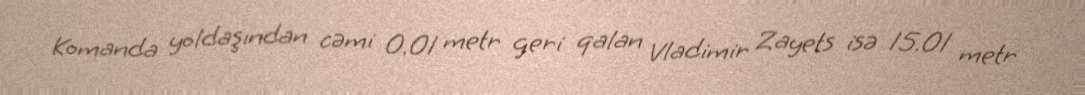
Komanda yoldaşından cəmi 0.01 metr geri qalan Vladimir Zayets isə 15.01 metr